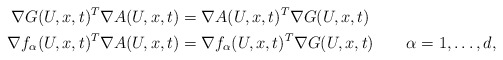
\begin{align*}\nabla G(U,x,t)^T\nabla A(U,x,t)&=\nabla A(U,x,t)^T\nabla G(U,x,t)\\\nabla f_\alpha(U,x,t)^T\nabla A(U,x,t)&=\nabla f_\alpha(U,x,t)^T\nabla G(U,x,t)\qquad\alpha=1,\dots,d,\end{align*}